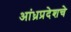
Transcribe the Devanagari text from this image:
आंध्रप्रदेशचे